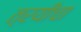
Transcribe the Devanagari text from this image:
त्रयीचा